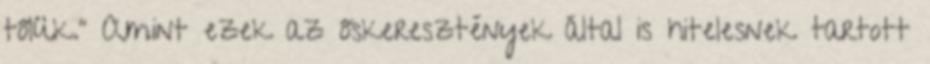
tőlük.” Amint ezek az őskeresztények által is hitelesnek tartott